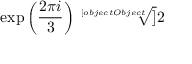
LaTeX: \exp \left( { \frac { 2 \pi i } { 3 } } \right) { \sqrt [ [object Object] ] { 2 } }